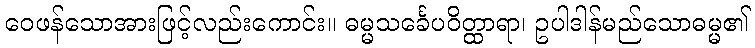
ဝေဖန်သောအားဖြင့်လည်းကောင်း။ ဓမ္မသင်္ခေပဝိတ္ထာရာ၊ ဥပါဒါန်မည်သောဓမ္မ၏